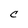
Character: c